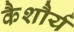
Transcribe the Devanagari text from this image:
कैशौर्य